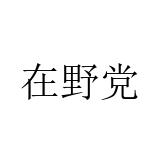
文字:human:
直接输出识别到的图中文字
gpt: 在野党